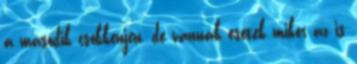
a második csökkenjen, de vannak esetek mikor az is